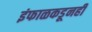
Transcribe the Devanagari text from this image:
इंफाळकडूनही